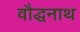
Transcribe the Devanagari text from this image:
वौद्धनाथ